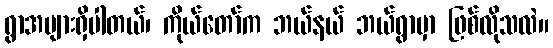
ရွာအများရှိပါတယ်၊ ကိုယ်တော်က ဘယ်နယ် ဘယ်ရွာမှာ ဖြစ်လိုသလဲ။